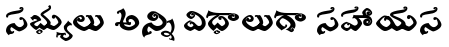
సభ్యులు అన్ని విధాలుగా సహాయస